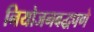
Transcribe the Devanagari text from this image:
नियोजनबद्धपणे